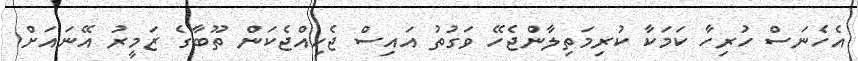
އެހެނަސް ހުރިހާ ކަމަކާ ކުރިމަތިލާންޖެހޭ ވަގުތު އައިސް ޖެހިއްޖެކަން ތޫބާގެ ޒަމީރު އޭނައަށް